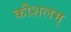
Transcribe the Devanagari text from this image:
कौशलम्